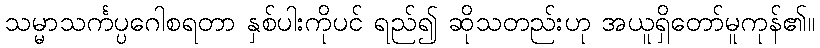
သမ္မာသင်္ကပ္ပဂေါစရတာ နှစ်ပါးကိုပင် ရည်၍ ဆိုသတည်းဟု အယူရှိတော်မူကုန်၏။